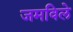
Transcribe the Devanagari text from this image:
जमविले